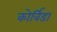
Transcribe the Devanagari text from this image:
कोर्विडा